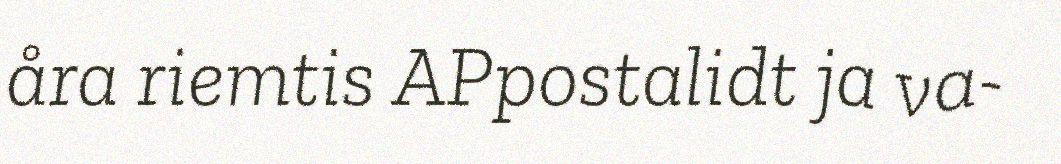
åra riemtis APpostalidt ja va-